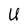
Character: U